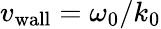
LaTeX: {v_{\mathrm{wall}}}=\omega_{0}/k_{0}